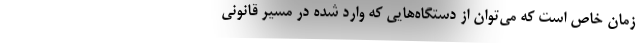
زمان خاص است که می‌توان از دستگاه‌هایی که وارد شده در مسیر قانونی